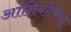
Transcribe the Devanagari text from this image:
आंतियोकिया